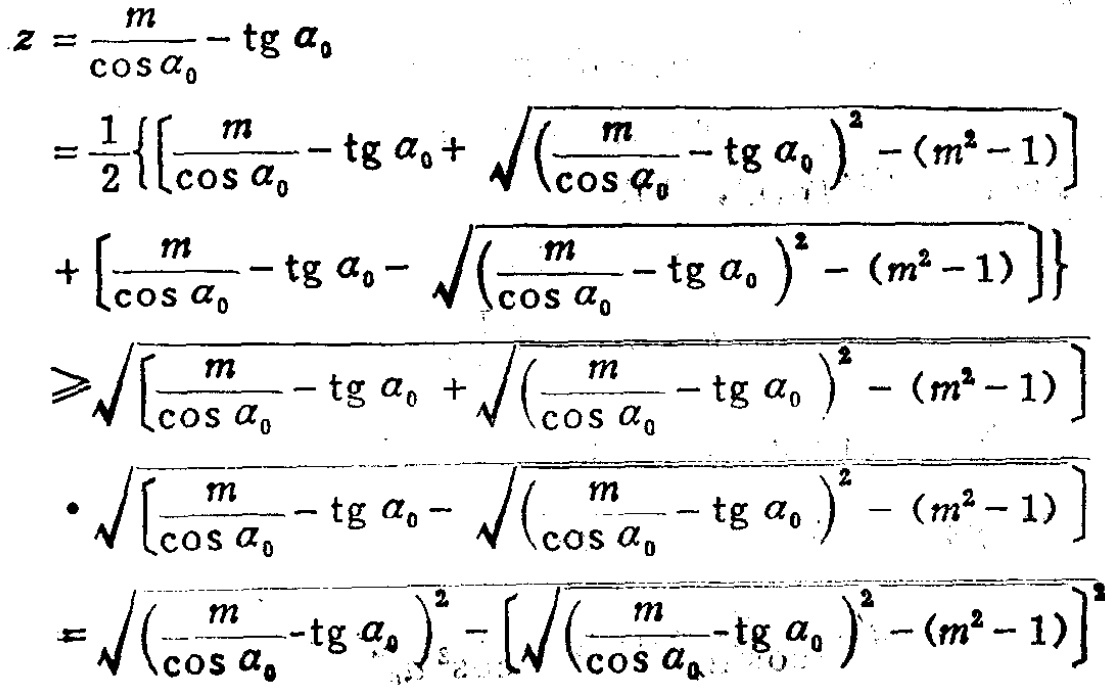
\[

\begin{align*}

z&=\frac{m}{\cos\alpha_{0}}-\tg\alpha_{0}\\

&=\frac{1}{2}\left\{\left[\frac{m}{\cos\alpha_{0}}-\tg\alpha_{0}+\sqrt{\left(\frac{m}{\cos\alpha_{0}}-\tg\alpha_{0}\right)^{2}-(m^{2}-1)}\right]+\left[\frac{m}{\cos\alpha_{0}}-\tg\alpha_{0}-\sqrt{\left(\frac{m}{\cos\alpha_{0}}-\tg\alpha_{0}\right)^{2}-(m^{2}-1)}\right]\right\}\\

&\geqslant\sqrt{\left[\frac{m}{\cos\alpha_{0}}-\tg\alpha_{0}+\sqrt{\left(\frac{m}{\cos\alpha_{0}}-\tg\alpha_{0}\right)^{2}-(m^{2}-1)}\right]}\cdot\sqrt{\left[\frac{m}{\cos\alpha_{0}}-\tg\alpha_{0}-\sqrt{\left(\frac{m}{\cos\alpha_{0}}-\tg\alpha_{0}\right)^{2}-(m^{2}-1)}\right]}\\

&=\sqrt{\left(\frac{m}{\cos\alpha_{0}}-\tg\alpha_{0}\right)^{2}-\left[\sqrt{\left(\frac{m}{\cos\alpha_{0}}-\tg\alpha_{0}\right)^{2}-(m^{2}-1)}\right]^{2}}

\end{align*}

\]